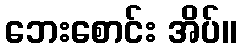
ဘေးစောင်း အိပ်။